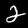
Label: 2